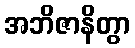
အဘိဇာနိတွာ